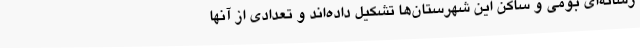
رسانه‌ای بومی و ساکن این شهرستان‌ها تشکیل داده‌اند و تعدادی از آنها